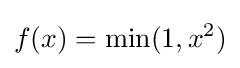
f(x)=\min(1,x^{2})